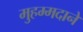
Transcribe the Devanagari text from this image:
मुहम्मदाने